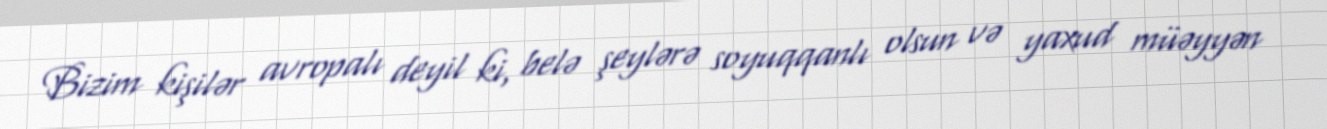
Bizim kişilər avropalı deyil ki, belə şeylərə soyuqqanlı olsun və yaxud müəyyən